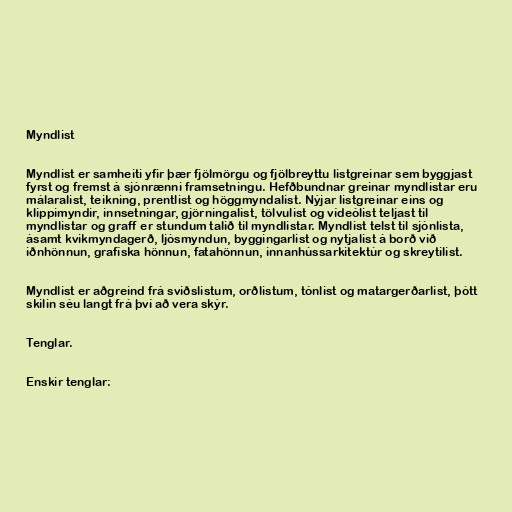
Myndlist

Myndlist er samheiti yfir þær fjölmörgu og fjölbreyttu listgreinar sem byggjast
fyrst og fremst á sjónrænni framsetningu. Hefðbundnar greinar myndlistar eru
málaralist, teikning, prentlist og höggmyndalist. Nýjar listgreinar eins og
klippimyndir, innsetningar, gjörningalist, tölvulist og vídeólist teljast til
myndlistar og graff er stundum talið til myndlistar. Myndlist telst til sjónlista,
ásamt kvikmyndagerð, ljósmyndun, byggingarlist og nytjalist á borð við
iðnhönnun, grafíska hönnun, fatahönnun, innanhússarkitektúr og skreytilist.

Myndlist er aðgreind frá sviðslistum, orðlistum, tónlist og matargerðarlist, þótt
skilin séu langt frá því að vera skýr.

Tenglar.

Enskir tenglar: